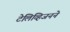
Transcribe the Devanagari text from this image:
टेलिव्हिजनने